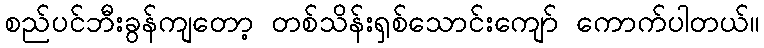
စည်ပင်ဘီးခွန်ကျတော့ တစ်သိန်းရှစ်သောင်းကျော် ကောက်ပါတယ်။